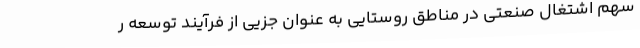
سهم اشتغال صنعتی در مناطق روستایی به عنوان جزیی از فرآیند توسعه ر